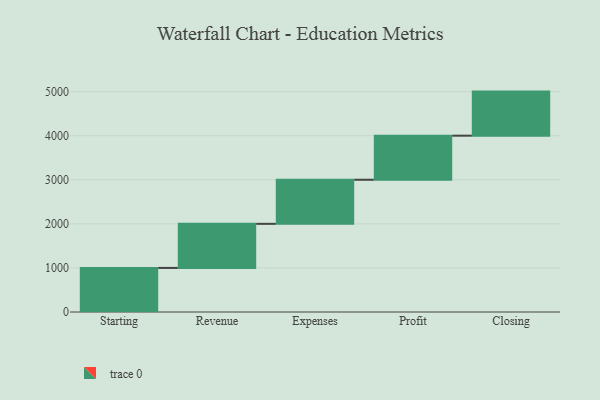
{"axis": {"x": "Step", "y": "Value"}, "legend": [""], "data": [{"x": "Starting", "y": 1000, "type": ""}, {"x": "Revenue", "y": 1000, "type": ""}, {"x": "Expenses", "y": 1000, "type": ""}, {"x": "Profit", "y": 1000, "type": ""}, {"x": "Closing", "y": 1000, "type": ""}]}